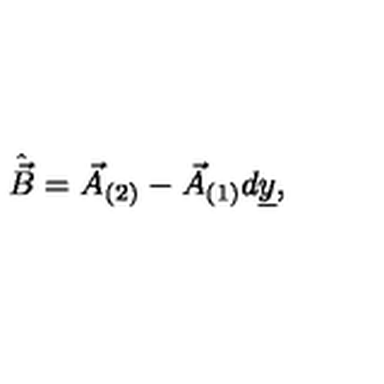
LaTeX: \hat { \vec { B } } = \vec { A } _ { ( 2 ) } - \vec { A } _ { ( 1 ) } d \underline { { y } } ,